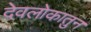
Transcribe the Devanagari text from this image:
देवलोकातुन